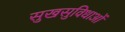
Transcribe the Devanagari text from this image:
सुखसुविधाओं